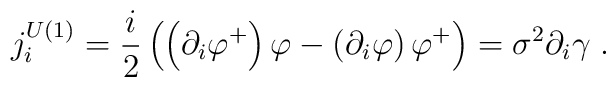
j_{i}^{U(1)}=\frac{i}{2}\left( \left( \partial _{i}\varphi ^{+}\right)\varphi -\left( \partial _{i}\varphi \right) \varphi ^{+}\right) =\sigma^{2}\partial _{i}\gamma \;\mathrm{.}